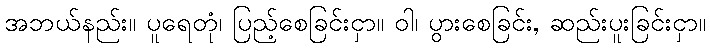
အဘယ်နည်း။ ပူရေတုံ၊ ပြည့်စေခြင်းငှာ။ ဝါ၊ ပွားစေခြင်း, ဆည်းပူးခြင်းငှာ။